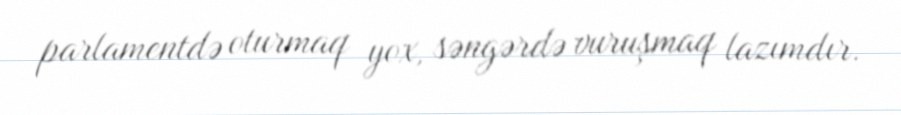
parlamentdə oturmaq yox, səngərdə vuruşmaq lazımdır.